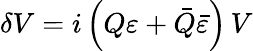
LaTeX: \delta V=i\left(Q\varepsilon+\bar{Q}\bar{\varepsilon}\right)\, V